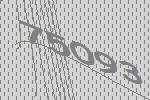
75093